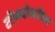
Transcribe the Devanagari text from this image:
टोक्योवरील